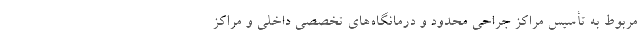
مربوط به تأسیس مراکز جراحی محدود و درمانگاه‌های تخصصی داخلی و مراکز